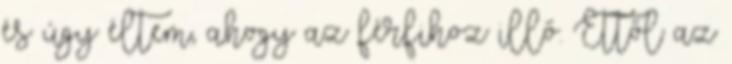
és úgy éltem, ahogy az férfihoz illő. Ettől az